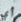
أي